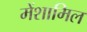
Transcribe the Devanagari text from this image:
मेंशामिल